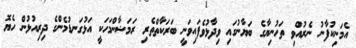
އެމަނިކުފާނު ނެރުއްވި ތަހުނިޔާގެ ބަޔާނުގައި ވިދާޅުވެފައިވަނީ ބަރަކާތްތެރި ރަމަޟާންމަހަކީ އަޅުގަނޑުމެންގެ ދިރިއުޅުން ހެޔޮ